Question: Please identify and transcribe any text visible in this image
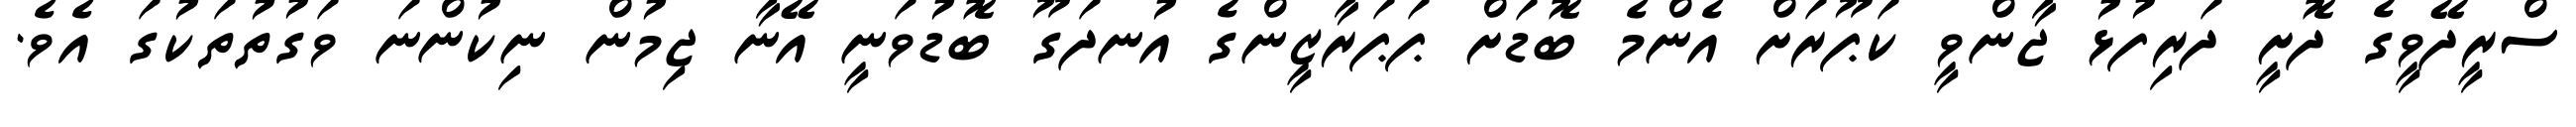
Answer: ސްރީދޭވީގެ ދޮށީ ދަރިފުޅު ޖާންވީ ކަޕޫރަށް އެންމެ ބޮޑަށް ޕަޕަރާޒީންގެ އުނދަގޫ ބޮޑުވަނީ އޭނާ ޖިމުން ނިކުންނަ ވަގުތުތަކުގަ އެވެ.